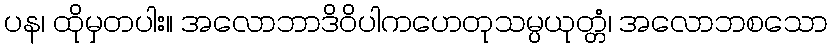
ပန၊ ထိုမှတပါး။ အလောဘာဒိဝိပါကဟေတုသမ္ပယုတ္တံ၊ အလောဘစသော